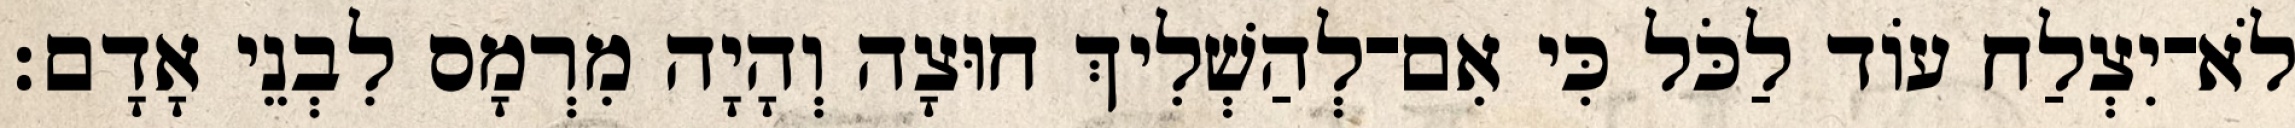
לֹא־יִצְלַח עוֹד לַכֹּל כִּי אִם־לְהַשְׁלִיךְ חוּצָה וְהָיָה מִרְמָס לִבְנֵי אָדָם׃